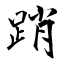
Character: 踃